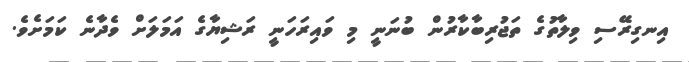
އިނގިރޭސި ވިލާތުގެ ތަޖުރިބާކާރުން ބުނަނީ މި ވައިރަހަނީ ރަޝިޔާގެ އަމަލަށް ވެދާނެ ކަމަށެވެ.